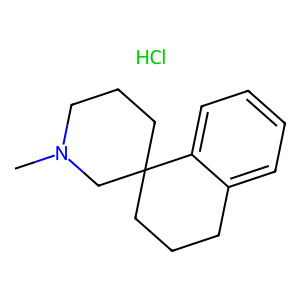
SMILES: CN1CCCC2(CCCc3ccccc32)C1.Cl
Inhibits HIV replication: No